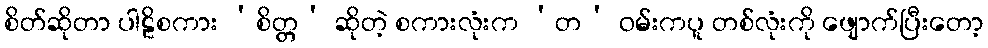
စိတ်ဆိုတာ ပါဠိစကား ‘စိတ္တ’ ဆိုတဲ့ စကားလုံးက ‘တ’ ဝမ်းကပူ တစ်လုံးကို ဖျောက်ပြီးတော့